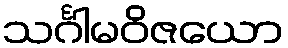
သင်္ဂါမဝိဇယော